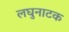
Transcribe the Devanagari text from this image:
लघुनाटक